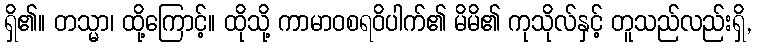
ရှိ၏။ တသ္မာ၊ ထို့ကြောင့်။ ထိုသို့ ကာမာဝစရဝိပါက်၏ မိမိ၏ ကုသိုလ်နှင့် တူသည်လည်းရှိ,